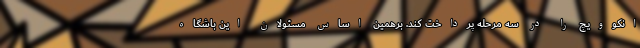
انکوویچ را در سه مرحله پرداخت کند. برهمین اساس مسئولان این باشگاه